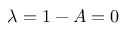
\lambda = 1 - A = 0